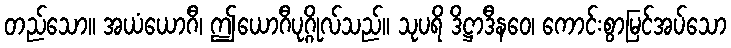
တည်သော။ အယံယောဂီ၊ ဤယောဂီပုဂ္ဂိုလ်သည်။ သုပရိ ဒိဋ္ဌာဒီနဝေ၊ ကောင်းစွာမြင်အပ်သော